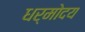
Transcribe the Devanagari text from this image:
धर्मोदय